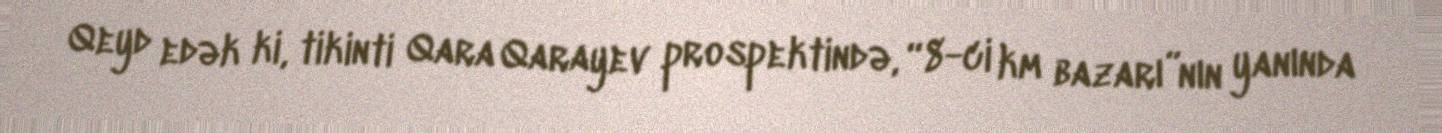
Qeyd edək ki, tikinti Qara Qarayev prospektində, “8-ci km bazarı”nın yanında